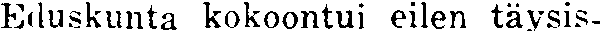
Eduskunta kokoontui eilen täysis-